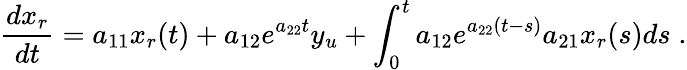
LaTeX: \frac{dx_{r}}{dt}=a_{11}x_{r}(t)+a_{12}e^{a_{22}t}y_{u}+\int_{0}^{t}a_{12}e^{a_{22}(t-s)}a_{21}x_{r}(s)ds\; .